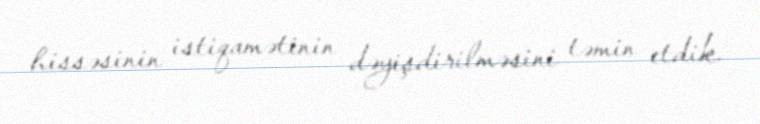
hissəsinin istiqamətinin dəyişdirilməsini təmin etdik.